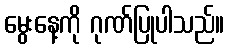
မွေးနေ့ကို ဂုဏ်ပြုပါသည်။